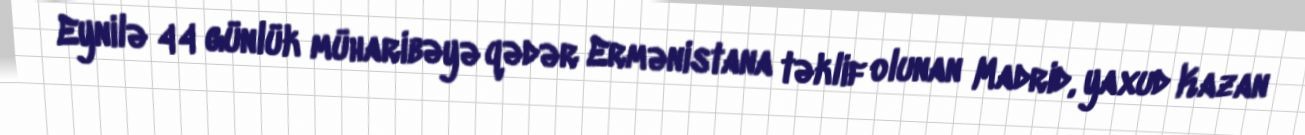
Eynilə 44 günlük müharibəyə qədər Ermənistana təklif olunan Madrid, yaxud Kazan